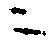
ニ